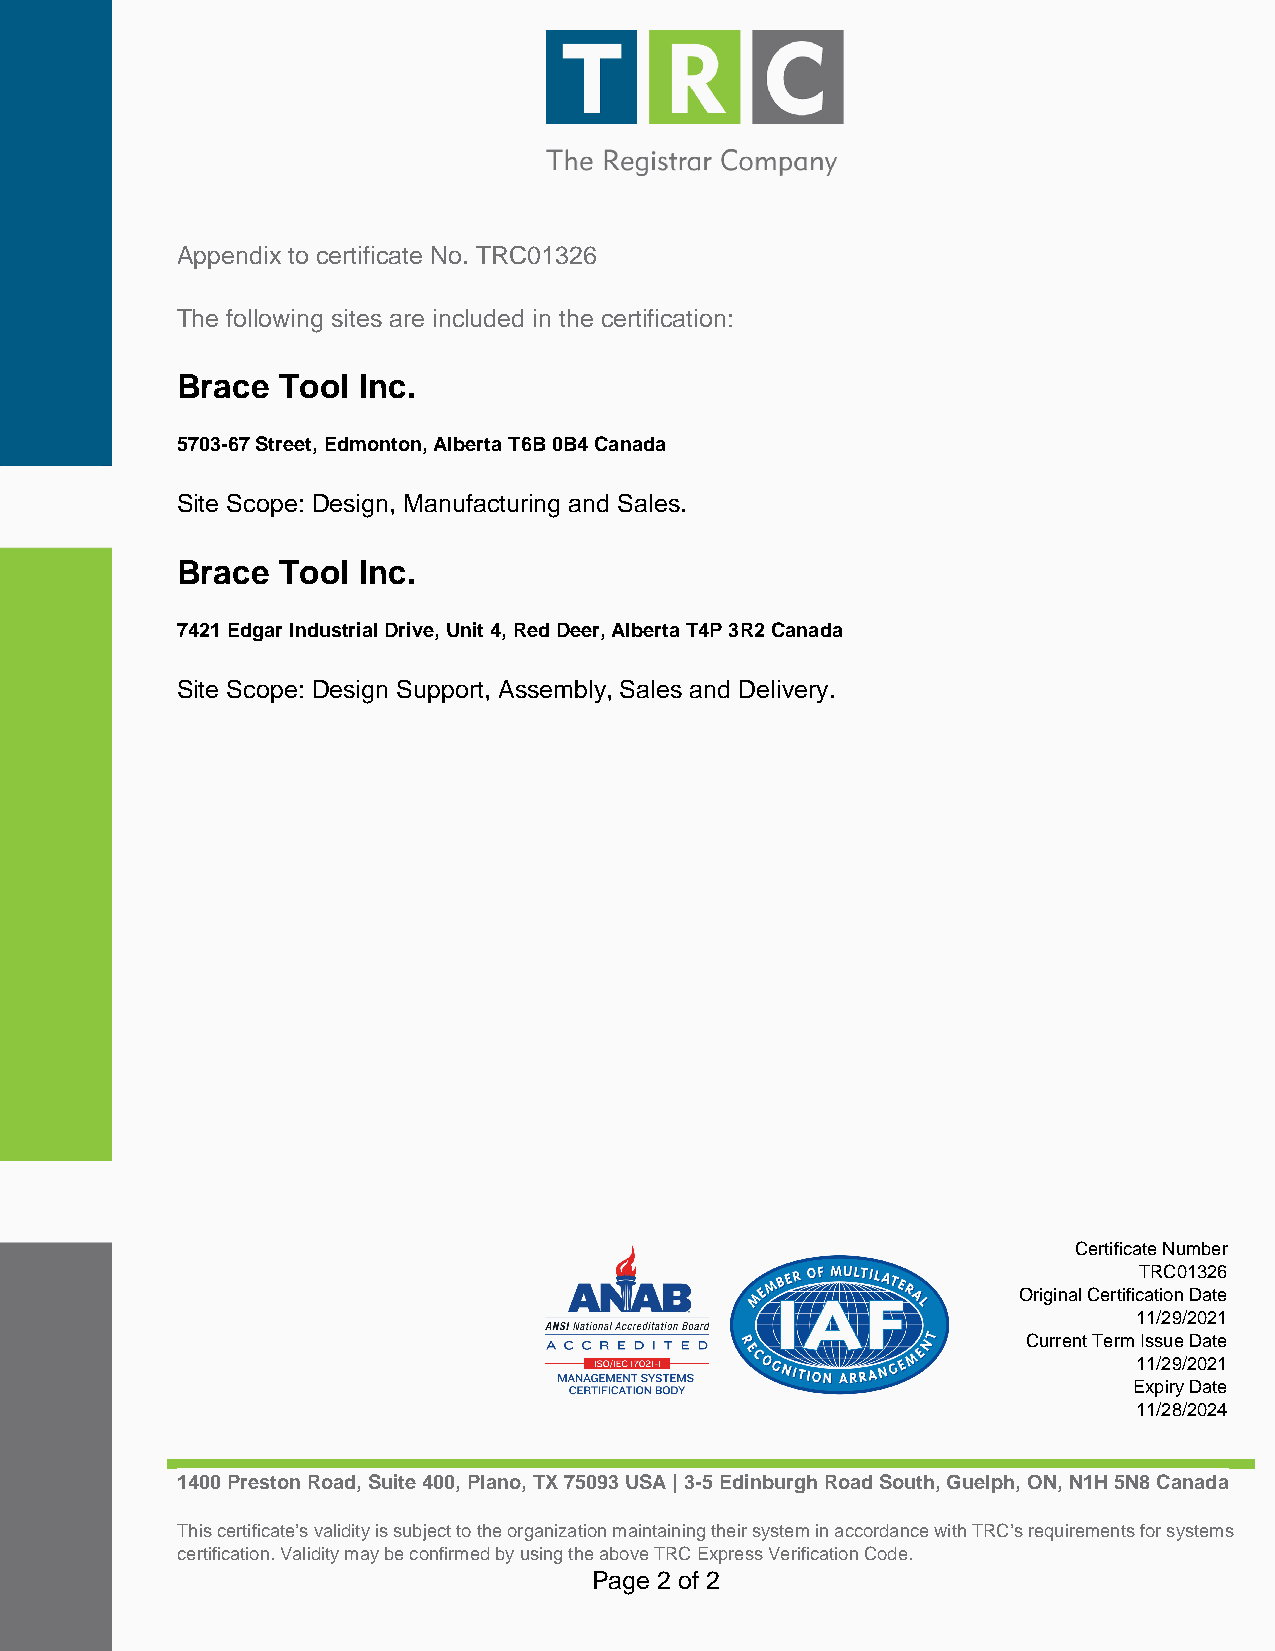
Appendix to certificate No. TRC01326
 The following sites are included in the certification:
 Brace Tool  Inc.
 5703-67 Street, Edmonton, Alberta T6B 0B4 Canada
 Site Scope: Design, Manufacturing and Sales.
 Brace Tool  Inc.
 7421 Edgar Industrial Drive, Unit 4, Red Deer, Alberta T4P 3R2 Canada
 Site Scope: Design Support, Assembly, Sales and Delivery.
 Certificate Number
 TRC01326
 Original Certification Date
 11/29/2021
 Current Term Issue Date
 11/29/2021
 Expiry Date
 11/28/2024
 1400 Preston Road, Suite 400, Plano, TX 75093 USA | 3-5 Edinburgh Road South, Guelph, ON, N1H 5N8 Canada
 This certificate’s validity is subject to the organization maintaining their system in accordance with TRC’s requirements for systems
 certification. Validity may be confirmed by using the above TRC Express Verification Code.
 Page 2 of 2
 Powered by TCPDF (www.tcpdf.org)